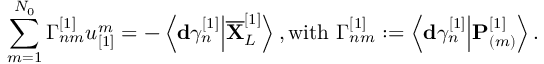
\sum _ { m = 1 } ^ { N _ { 0 } } \Gamma _ { n m } ^ { [ 1 ] } u _ { [ 1 ] } ^ { m } = - \left\langle \mathbf { d } \gamma _ { n } ^ { [ 1 ] } \Big \vert \overline { { \mathbf { X } } } _ { L } ^ { [ 1 ] } \right\rangle , \mathrm { w i t h ~ } \Gamma _ { n m } ^ { [ 1 ] } : = \left\langle \mathbf { d } \gamma _ { n } ^ { [ 1 ] } \Big \vert \mathbf { P } _ { ( m ) } ^ { [ 1 ] } \right\rangle .